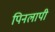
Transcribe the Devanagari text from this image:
पिनलापी